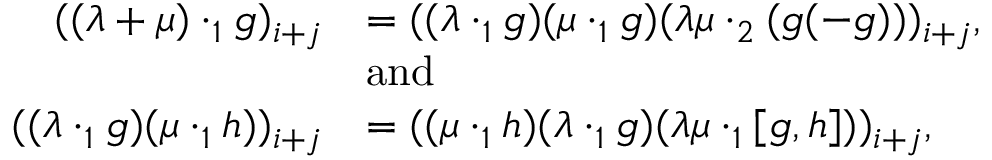
\begin{array} { r l } { ( ( \lambda + \mu ) \cdot _ { 1 } g ) _ { i + j } } & { = ( ( \lambda \cdot _ { 1 } g ) ( \mu \cdot _ { 1 } g ) ( \lambda \mu \cdot _ { 2 } ( g ( - g ) ) ) _ { i + j } , } \\ & { \mathrm { a n d } } \\ { ( ( \lambda \cdot _ { 1 } g ) ( \mu \cdot _ { 1 } h ) ) _ { i + j } } & { = ( ( \mu \cdot _ { 1 } h ) ( \lambda \cdot _ { 1 } g ) ( \lambda \mu \cdot _ { 1 } [ g , h ] ) ) _ { i + j } , } \end{array}